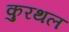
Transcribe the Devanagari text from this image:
कुरथल